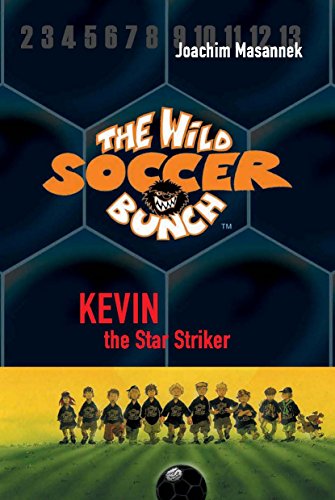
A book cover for The Wild Soccer Bunch, Book 1, Kevin the Star Striker; Joachim Masannek; Children's Books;